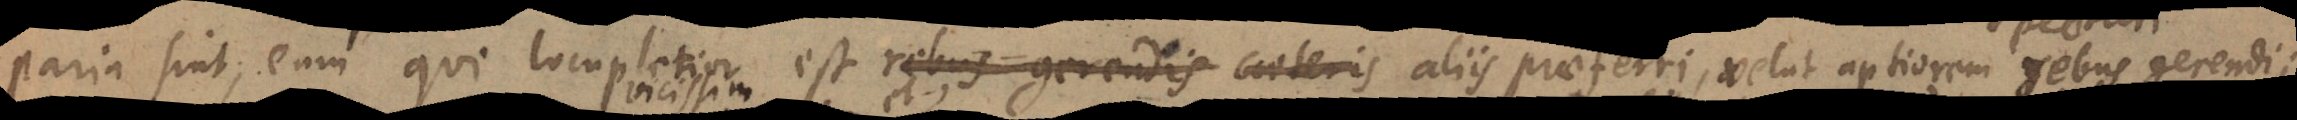
paria sint, eum qui locupletior est aliis praeferri, velut aptiorem rebus gerendi[s];